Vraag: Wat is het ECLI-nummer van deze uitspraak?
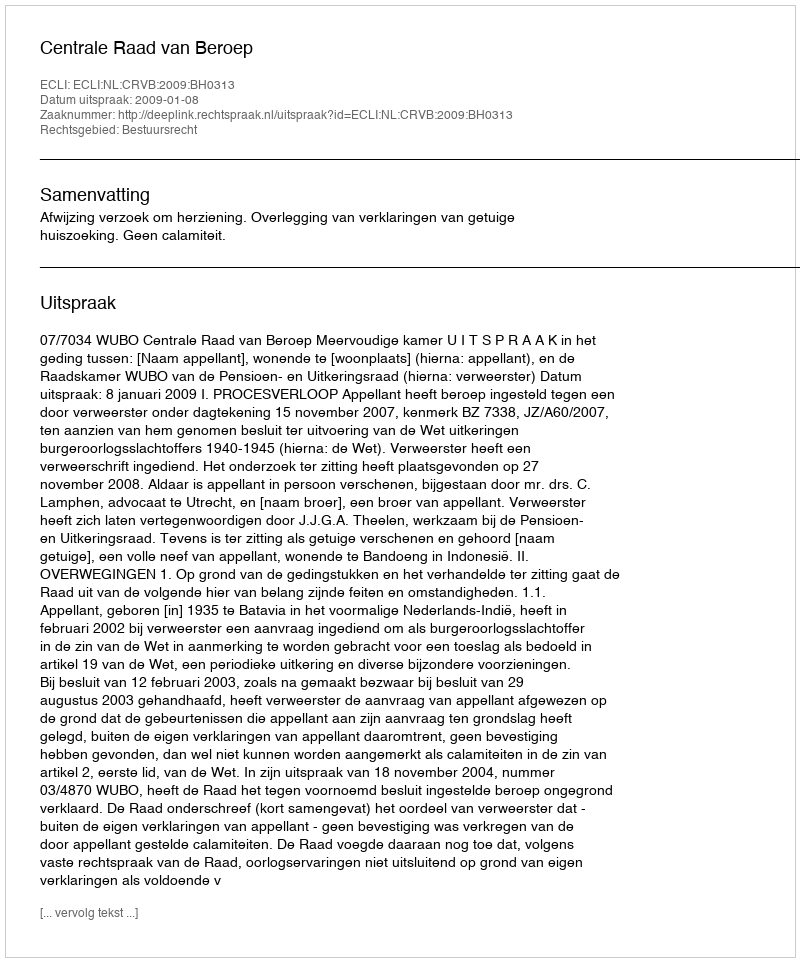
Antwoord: ECLI:NL:CRVB:2009:BH0313